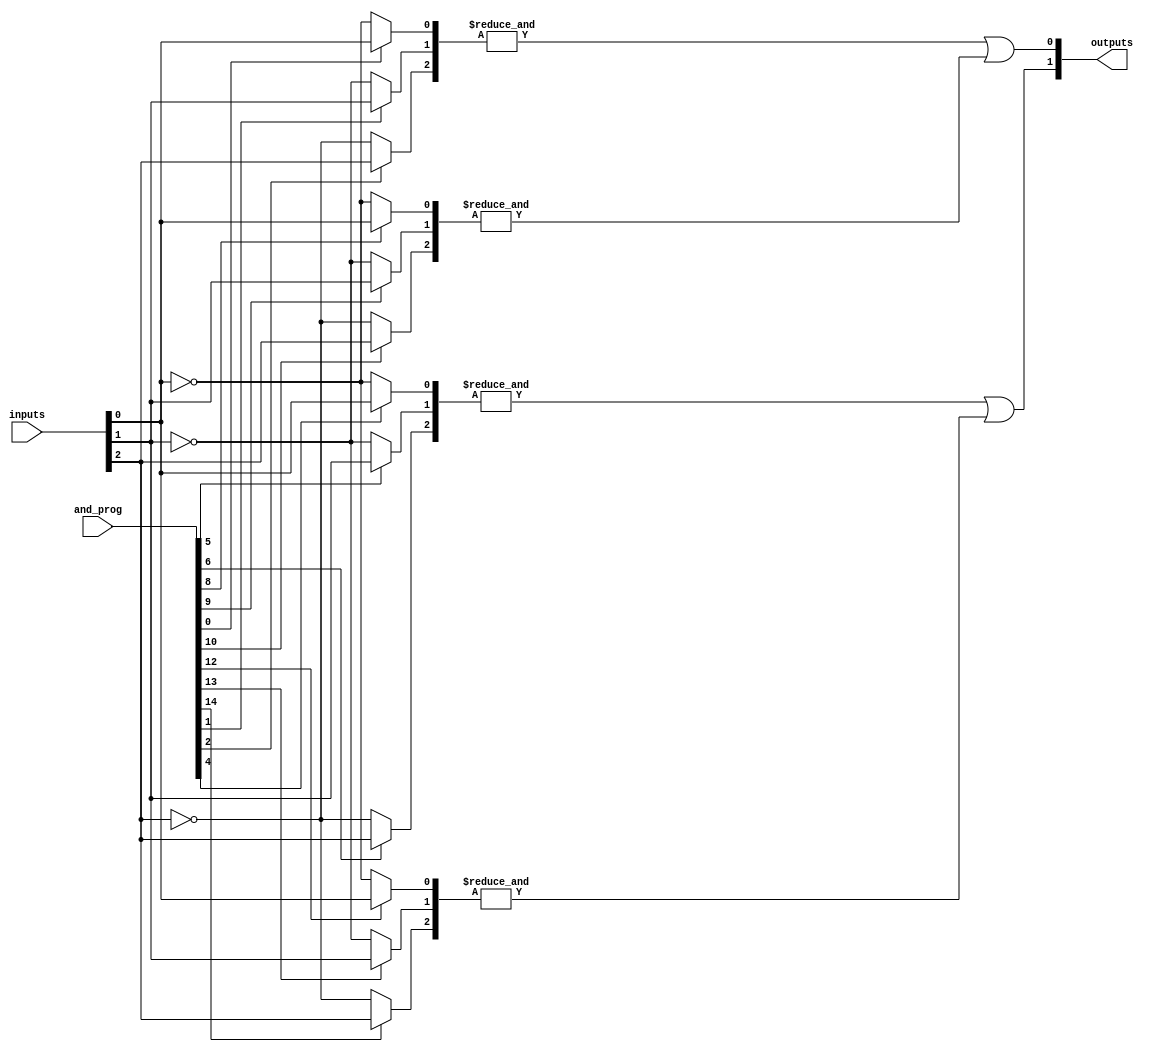
module GPAL #(parameter NUM_INPUTS = 3,              // Number of input signals
              parameter NUM_AND_GATES = 4,          // Number of AND gates
              parameter NUM_OR_GATES = 2)            // Number of OR gates
(
    input  wire [NUM_INPUTS-1:0] inputs,            // Input signals
    input  wire [NUM_AND_GATES*(NUM_INPUTS+1)-1:0] and_prog, // Programming connections for AND gates
    output wire [NUM_OR_GATES-1:0] outputs          // Output signals
);

// AND gate outputs
wire [NUM_AND_GATES-1:0] and_outputs;

// Generate the programmable AND gates
genvar i, j;
generate
    for (i = 0; i < NUM_AND_GATES; i = i + 1) begin : and_gates
        wire [NUM_INPUTS-1:0] and_inputs;
        wire and_gate_output;

        // Connect inputs based on programming
        for (j = 0; j < NUM_INPUTS; j = j + 1) begin : input_mux
            assign and_inputs[j] = and_prog[i*(NUM_INPUTS+1) + j] ? inputs[j] : ~inputs[j];
        end

        // AND gate logic
        assign and_gate_output = &and_inputs; // AND operation
        assign and_outputs[i] = and_gate_output;
    end
endgenerate

// Fixed OR gates
generate
    for (i = 0; i < NUM_OR_GATES; i = i + 1) begin : or_gates
        // OR gate logic combining selected AND gate outputs
        assign outputs[i] = and_outputs[i] | and_outputs[i + NUM_OR_GATES];
    end
endgenerate

endmodule